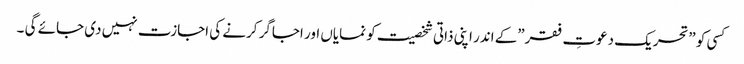
کسی کو ”تحریک دعوتِ فقر”کے اندر اپنی ذاتی شخصیت کو نمایاں اور اجاگر کرنے کی اجازت نہیں دی جائے گی ۔